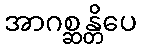
အာဂစ္ဆန္တိပေ